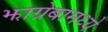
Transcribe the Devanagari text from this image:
झाग्रेबामध्ये